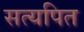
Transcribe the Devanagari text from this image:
सत्यपित